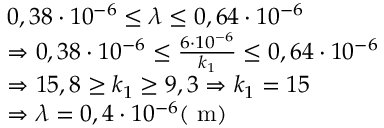
\begin{array} { r l } & { 0 , 3 8 \cdot 1 0 ^ { - 6 } \leq \lambda \leq 0 , 6 4 \cdot 1 0 ^ { - 6 } } \\ & { \Rightarrow 0 , 3 8 \cdot 1 0 ^ { - 6 } \leq \frac { 6 \cdot 1 0 ^ { - 6 } } { k _ { 1 } } \leq 0 , 6 4 \cdot 1 0 ^ { - 6 } } \\ & { \Rightarrow 1 5 , 8 \geq k _ { 1 } \geq 9 , 3 \Rightarrow k _ { 1 } = 1 5 } \\ & { \Rightarrow \lambda = 0 , 4 \cdot 1 0 ^ { - 6 } ( \mathrm { ~ m } ) } \end{array}